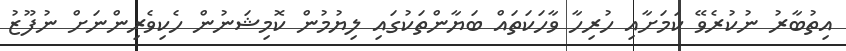
އިތުބާރު ނުކުރެވޭ ކަމަށާއި ހުރިހާ ވާހަކަތައް ބަޔާންތަކުގައި ލިޔުމުން ކޮމިޝަނުން ހެކިވެރިންނަށް ނުފޫޒު